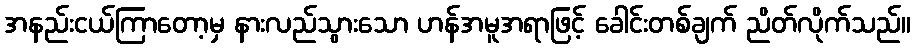
အနည်းငယ်ကြာတော့မှ နားလည်သွားသော ဟန်အမူအရာဖြင့် ခေါင်းတစ်ချက် ညိတ်လိုက်သည်။